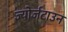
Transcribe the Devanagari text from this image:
ज्योर्जटाउन